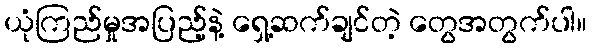
ယုံကြည်မှုအပြည့်နဲ့ ရှေ့ဆက်ချင်တဲ့ တွေအတွက်ပါ။